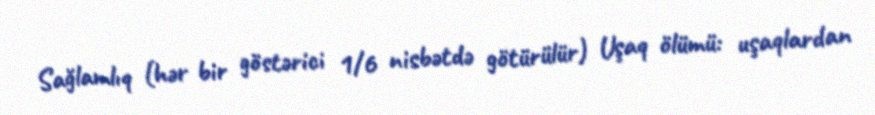
Sağlamlıq (hər bir göstərici 1/6 nisbətdə götürülür) Uşaq ölümü: uşaqlardan